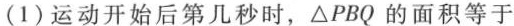
(1)运动开始后第几秒时，\triangle PBQ的面积等于